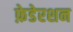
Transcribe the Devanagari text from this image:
फ़ेडेरशन